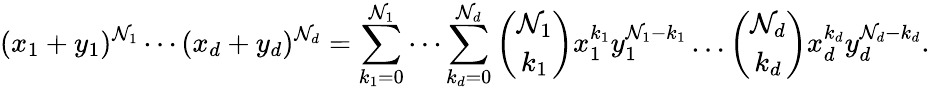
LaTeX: (x_{1}+y_{1})^{\mathcal{N}_{1}}\dotsm(x_{d}+y_{d})^{\mathcal{N}_{d}}=\sum_{k_{1}=0}^{\mathcal{N}_{1}}\dotsm\sum_{k_{d}=0}^{\mathcal{N}_{d}}{\binom{\mathcal{N}_{1}}{k_{1}}}x_{1}^{k_{1}}y_{1}^{\mathcal{N}_{1}-k_{1}}\dotsc{\binom{\mathcal{N}_{d}}{k_{d}}}x_{d}^{k_{d}}y_{d}^{\mathcal{N}_{d}-k_{d}}.